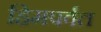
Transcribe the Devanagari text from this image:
हिमपर्वत